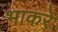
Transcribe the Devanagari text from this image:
भाकरे